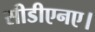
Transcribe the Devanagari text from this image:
सीडीएनए।